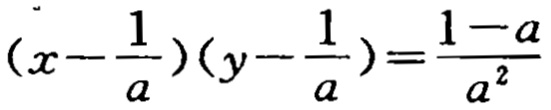
\((x - \frac{1}{a})(y - \frac{1}{a}) = \frac{1 - a}{a^{2}}\)